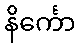
နိင်္ကော